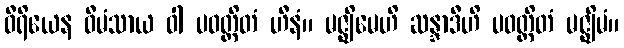
ဝီရိယေန ဝီမံသာယ ဝါ ပဝတ္တိတံ ဟီနံ။ မဇ္ဈိမေဟိ ဆန္ဒာဒီဟိ ပဝတ္တိတံ မဇ္ဈိမံ။